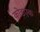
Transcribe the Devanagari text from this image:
कोडएक